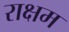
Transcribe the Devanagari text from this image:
राक्षम